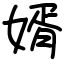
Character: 婿